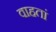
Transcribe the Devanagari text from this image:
वाहतां